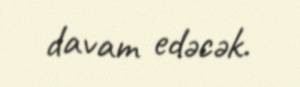
davam edəcək.